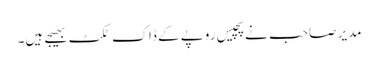
مدیر صاحب نے پچیس روپے کے ڈاک ٹکٹ بھیجے ہیں۔